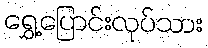
ရွှေ့ပြောင်းလုပ်သား